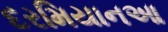
દરમિયાનઆ